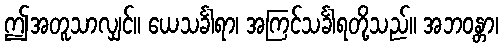
ဤအတူသာလျှင်။ ယေသင်္ခါရာ၊ အကြင်သင်္ခါရတို့သည်။ အဘဝန္တာ၊